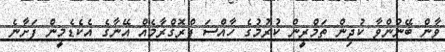
ވާން ބޭނުންވާ ކުދިން ތަމްރީން ކުރުމުގެ ހާއްސަ ޕްރޮގްރާމެއް އޭނާގެ އެކެޑެމީން ފަށާނެ